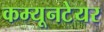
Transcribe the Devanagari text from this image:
कम्यूनटेयर